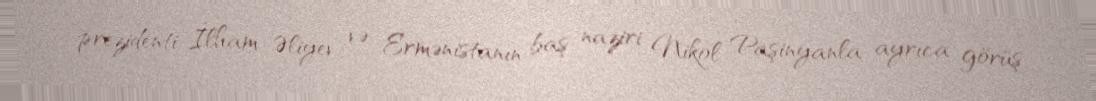
prezidenti İlham Əliyev və Ermənistanın baş naziri Nikol Paşinyanla ayrıca görüş